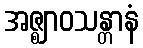
အဇ္ဈာဝသန္တာနံ